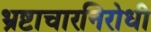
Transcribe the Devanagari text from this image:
भ्रष्टाचारनिरोधी